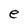
Character: e